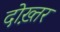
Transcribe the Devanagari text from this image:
दोख़्तर